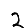
Digit: 2